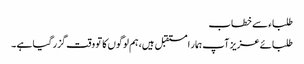
طلباء سے خطاب
طلبائے عزیز آپ ہمار ا مستقبل ہیں، ہم لوگوں کا تو وقت گزر گیا ہے ۔